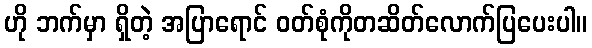
ဟို ဘက်မှာ ရှိတဲ့ အပြာရောင် ဝတ်စုံကိုတဆိတ်လောက်ပြပေးပါ။